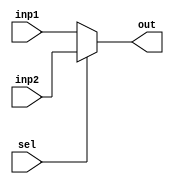
`timescale 1ns / 1ps
//////////////////////////////////////////////////////////////////////////////////
// Company: 
// Engineer: 
// 
// Design Name: 
// Module Name:    MUX2_1 
// Project Name: 
// Target Devices: 
// Tool versions: 
// Description: 
//
// Dependencies: 
//
// Revision: 
// Revision 0.01 - File Created
// Additional Comments: 
//
//////////////////////////////////////////////////////////////////////////////////
module MUX2_1(
	 input [31:0] inp1,
	 input [31:0] inp2,
	 input sel,
	 output [31:0] out
    );
	 
	 assign out = sel ? inp2 : inp1;

endmodule